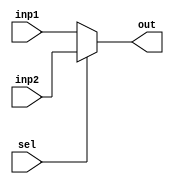
`timescale 1ns / 1ps
//////////////////////////////////////////////////////////////////////////////////
// Company: 
// Engineer: 
// 
// Design Name: 
// Module Name:    MUX2_1 
// Project Name: 
// Target Devices: 
// Tool versions: 
// Description: 
//
// Dependencies: 
//
// Revision: 
// Revision 0.01 - File Created
// Additional Comments: 
//
//////////////////////////////////////////////////////////////////////////////////
module MUX2_1(
	 input [31:0] inp1,
	 input [31:0] inp2,
	 input sel,
	 output [31:0] out
    );
	 
	 assign out = sel ? inp2 : inp1;

endmodule